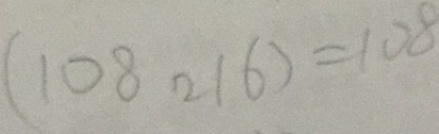
( 1 0 8 2 1 6 ) = 1 0 8